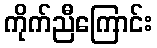
ကိုက်ညီကြောင်း